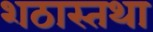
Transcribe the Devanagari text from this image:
शठास्तथा